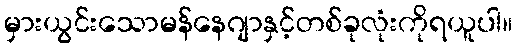
မှားယွင်းသောမန်နေဂျာနှင့်တစ်ခုလုံးကိုရယူပါ။